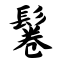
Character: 鬈